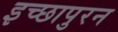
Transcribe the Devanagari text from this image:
इच्छापुरन